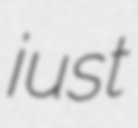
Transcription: just